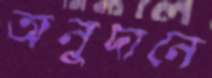
অনুদানে